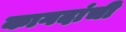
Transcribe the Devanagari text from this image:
कागदांची